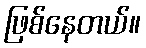
ဖြစ်နေတယ်။